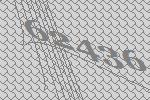
62436